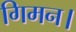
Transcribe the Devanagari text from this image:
गिमन।